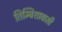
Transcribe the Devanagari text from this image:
तिम्बिशावासी